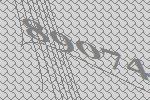
89074